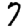
Digit: 7